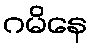
ဂမိနေ